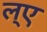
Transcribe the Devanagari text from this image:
ल्ए